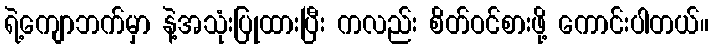
ရဲ့ကျောဘက်မှာ နဲ့အသုံးပြုထားပြီး ကလည်း စိတ်ဝင်စားဖို့ ကောင်းပါတယ်။